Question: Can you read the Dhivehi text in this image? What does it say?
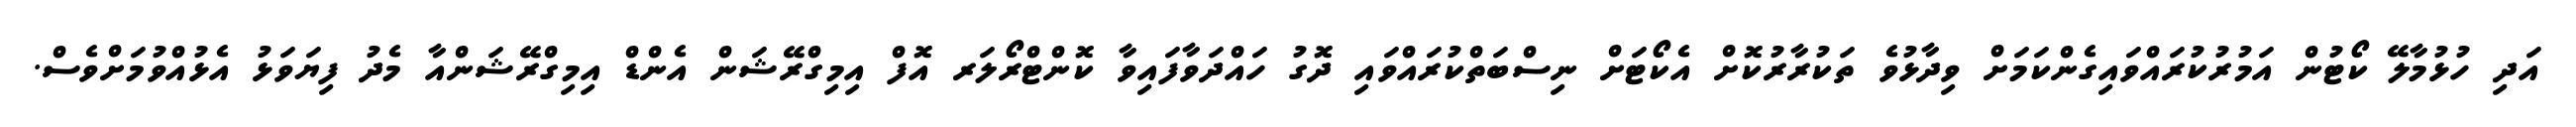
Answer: އަދި ހުޅުމާލޭ ކޯޓުން އަމުރުކުރައްވައިގެންކަމަށް ވިދާޅުވެ ތަކުރާރުކޮށް އެކޯޓަށް ނިސްބަތްކުރައްވައި ދޮގު ހައްދަވާފައިވާ ކޮންޓްރޯލަރ އޮފް އިމިގްރޭޝަން އެންޑް އިމިގްރޭޝަންއާ މެދު ފިޔަވަޅު އެޅުއްވުމަށްވެސް.